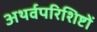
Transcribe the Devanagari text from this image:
अथर्वपरिशिष्टों